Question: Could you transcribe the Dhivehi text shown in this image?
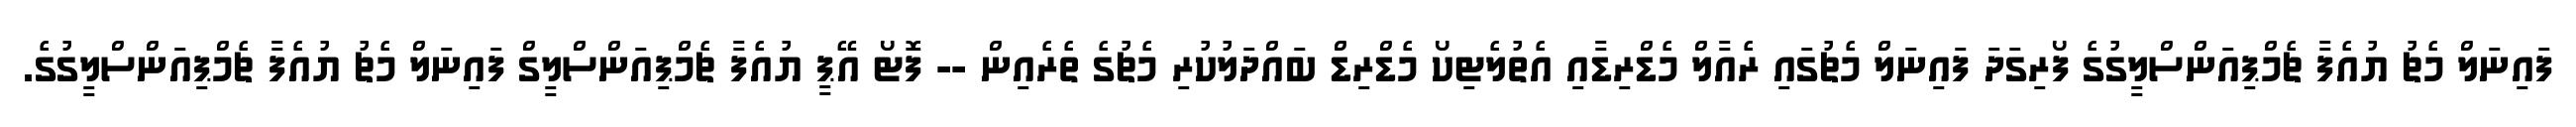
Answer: ފައިނަލް މެޗު ޔުއެފާ ޗެމްޕިއަންސްލީގުގެ ފޯރިގަދަ ފައިނަލް މެޗުގައި ރެއާލް މެޑްރިޑާއި އެތުލެޓިކޯ މެޑްރިޑް ބައްދަލުކުރި މެޗުގެ ތެރެއިން -- ފޮޓޯ އޭޕީ ޔުއެފާ ޗެމްޕިއަންސްލީގް ފައިނަލް މެޗު ޔުއެފާ ޗެމްޕިއަންސްލީގުގެ.